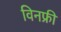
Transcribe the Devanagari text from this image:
विनफ्री